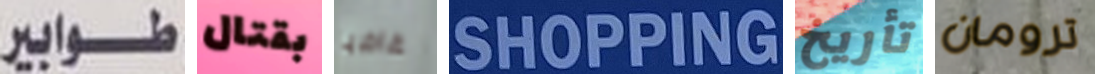
طوابير بقتال غاضبا SHOPPING تأريخ ترومان